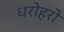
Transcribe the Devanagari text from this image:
धरोहरो